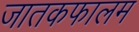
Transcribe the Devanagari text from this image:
जातकफालम